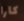
كارا